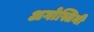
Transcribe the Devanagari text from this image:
अगोस्तिनी